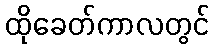
ထိုခေတ်ကာလတွင်